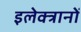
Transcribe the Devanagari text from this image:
इलेक्त्रानों